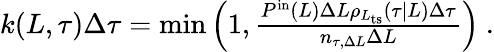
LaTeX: \begin{array}{r}{k(L,\tau)\Delta\tau=\operatorname*{min}\left(1,\frac{P^{\mathrm{in}}(L)\Delta L\rho_{L_{\mathrm{ts}}}(\tau|L)\Delta\tau}{n_{\tau,\Delta L}\Delta L}\right)\ .}\end{array}